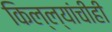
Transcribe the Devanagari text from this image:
किल्ल्यांचीही